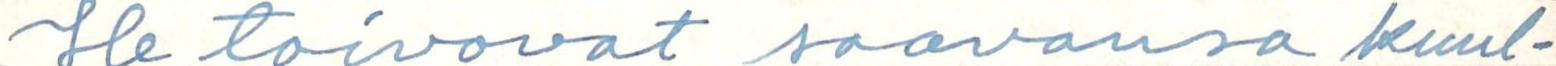
He toivovat saavansa kuul-